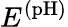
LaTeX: E^{\mathrm{(pH)}}